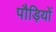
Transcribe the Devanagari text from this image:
पौड़ियों